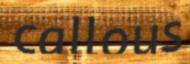
callous